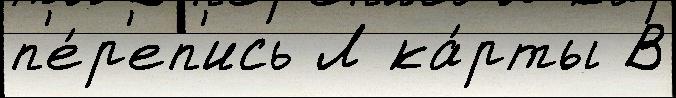
п'е́р'еп'ись Л ка́рты В